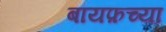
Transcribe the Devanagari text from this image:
बायफ़च्या